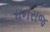
ધનરાજ